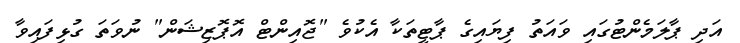
އަދި ޕާލަމެންޓުގައި ވައަތު ފިޔައިގެ ޕާޓީތަކާ އެކުވެ "ޖޮއިންޓް އޮޕޮޒިޝަން" ނުވަތަ ގުޅިފައިވާ